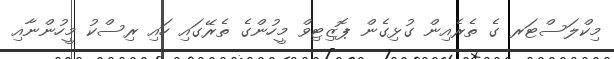
މިކްލަސްޓަރ ގެ ތެރެއިން ގުޅިގެން ޕޮޒިޓިވް މީހުންގެ ތެރޭގައި ހައި ރިސްކު މީހުންނާއި